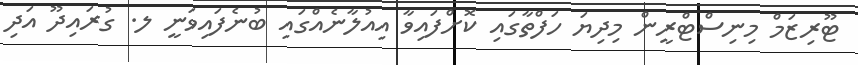
ޓޫރިޒަމް މިނިސްޓްރީން މިދިޔަ ހަފްތާގައި ކޮށްފައިވާ އިއުލާނެއްގައި ބުނެފައިވަނީ ލ. ގުރައިދޫ އަދި